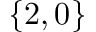
\{ 2 , 0 \}